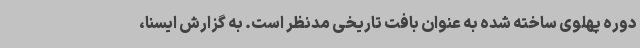
دوره پهلوی ساخته شده به عنوان بافت تاریخی مدنظر است. به گزارش ایسنا،